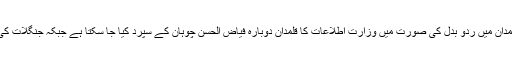
ذرائع کا یہ بھی کہنا ہے کہ صوبائی کابینہ کے اجلاس میں وزراء کے قلمدان میں ردو بدل کی صورت میں وزارت اطلاعات کا قلمدان دوبارہ فیاض الحسن چوہان کے سپرد کیا جا سکتا ہے جبکہ جنگلات کی وزارت صوبائی وزیر صمصام بخاری کے حوالے کئے جانے کا امکان